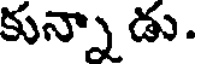
కున్నా డు.